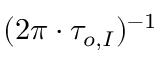
( 2 \pi \cdot \tau _ { o , I } ) ^ { - 1 }